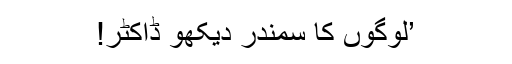
’لوگوں کا سمندر دیکھو ڈاکٹر!